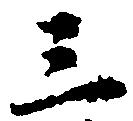
三